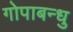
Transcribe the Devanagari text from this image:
गोपाबन्धु